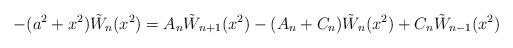
LaTeX: \begin{align*} -(a^2+x^2)\tilde{W}_n(x^2)=A_n\tilde{W}_{n+1}(x^2)-(A_n+C_n)\tilde{W}_n(x^2)+C_n\tilde{W}_{n-1}(x^2) \end{align*}